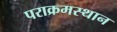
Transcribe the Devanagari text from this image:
पराक्रमस्थान